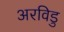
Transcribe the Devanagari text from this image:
अरविडु